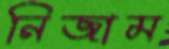
নিজাম